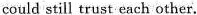
could still trust each other.